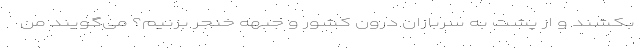
بکشند و از پشت به سربازان درون کشور و جبهه خنجر بزنیم؟ می‌گویند من